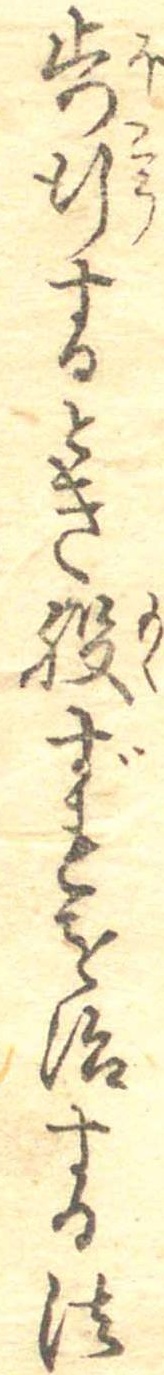
歩行するとき股ずれを治する法